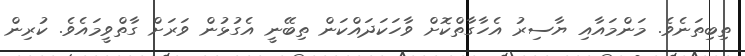
ތިބިތަނެވެ. މަންމައާއި ޔާސިރު އެހާގާތްކޮށް ވާހަކަދައްކަން ތިބޭނީ އެގުޅުން ވަރަށް ގާތްވީމައެވެ. ކުރިން